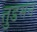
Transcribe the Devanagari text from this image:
तुडमन